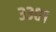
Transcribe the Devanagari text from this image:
३३०१